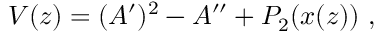
V ( z ) = ( A ^ { \prime } ) ^ { 2 } - A ^ { \prime \prime } + P _ { 2 } ( x ( z ) ) \ ,